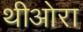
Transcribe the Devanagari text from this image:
थीओरा